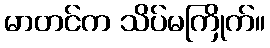
မာတင်က သိပ်မကြိုက်။